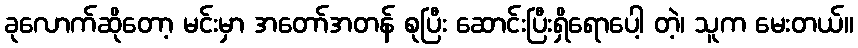
ခုလောက်ဆိုတော့ မင်းမှာ အတော်အတန် စုပြီး ဆောင်းပြီးရှိရောပေါ့ တဲ့၊ သူက မေးတယ်။